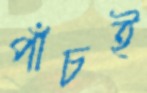
পাঁচই